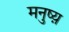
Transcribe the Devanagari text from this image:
मनुष्य़